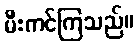
မီးကင်ကြသည်။